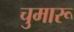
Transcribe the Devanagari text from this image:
चुमारू